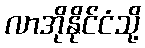
လာအိုနိုင်ငံသို့